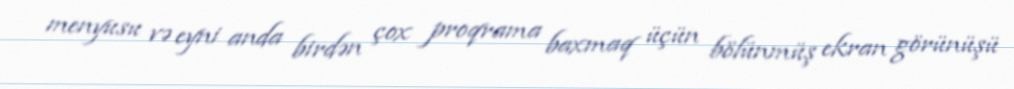
menyusu və eyni anda birdən çox proqrama baxmaq üçün bölünmüş ekran görünüşü